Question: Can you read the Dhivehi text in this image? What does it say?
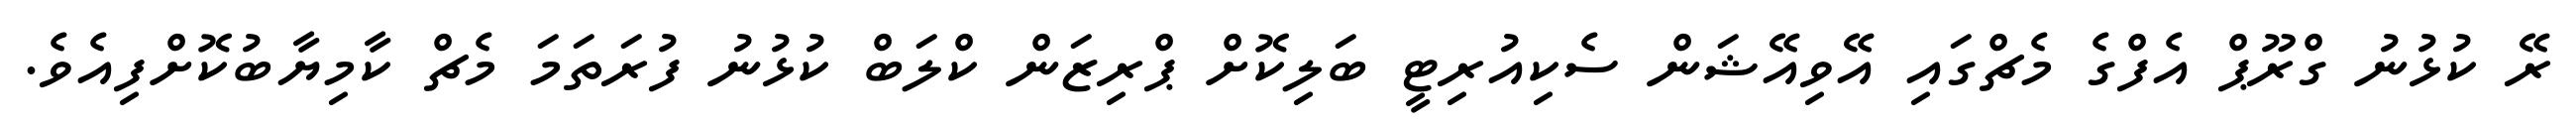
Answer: ރޭ ކުޅުނު ގްރޫޕް އެފްގެ މެޗްގައި އޭވިއޭޝަން ސެކިއުރިޓީ ބަލިކޮށް ޕްރިޒަން ކްލަބް ކުޅުނު ފުރަތަމަ މެޗް ކާމިޔާބުކޮށްފިއެވެ.